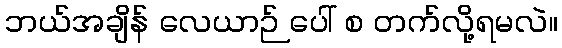
ဘယ်အချိန် လေယာဉ် ပေါ် စ တက်လို့ရမလဲ။